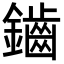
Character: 鑡